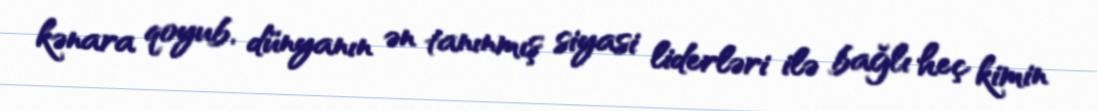
kənara qoyub, dünyanın ən tanınmış siyasi liderləri ilə bağlı heç kimin